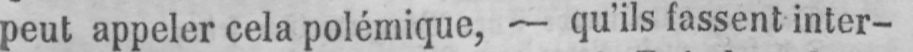
peut appeler cela polémique, - qu’ils fassent inter-